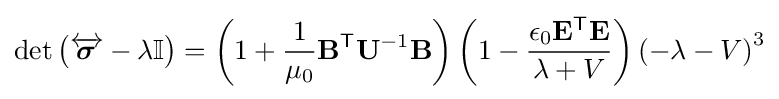
\det {\left({\overleftrightarrow {\boldsymbol {\sigma }}}-\lambda \mathbf {\mathbb {I} } \right)}=\left(1+{\frac {1}{\mu _{0}}}\mathbf {B} ^{\textsf {T}}\mathbf {U} ^{-1}\mathbf {B} \right)\left(1-{\frac {\epsilon _{0}\mathbf {E} ^{\textsf {T}}\mathbf {E} }{\lambda +V}}\right)\left(-\lambda -V\right)^{3}